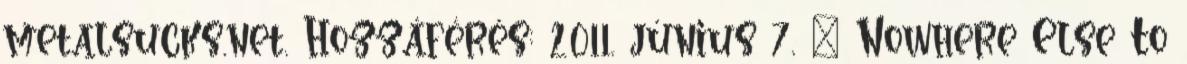
metalsucks.net. Hozzáférés: 2011. június 7. ↑ Nowhere Else To